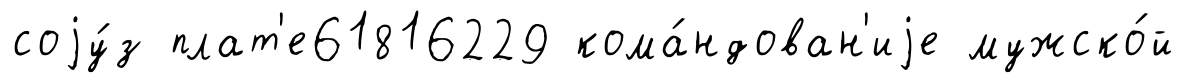
соjу́з плат'е61816229 кома́ндован'иjе мужско́й